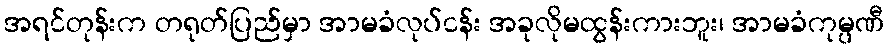
အရင်တုန်းက တရုတ်ပြည်မှာ အာမခံလုပ်ငန်း အခုလိုမထွန်းကားဘူး၊ အာမခံကုမ္ပဏီ